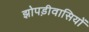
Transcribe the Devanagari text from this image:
झोपड़ीवासियों